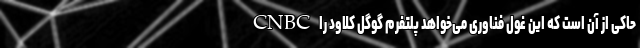
CNBC حاکی از آن است که این غول فناوری می‌خواهد پلتفرم گوگل کلاود را